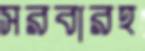
সরবারহ